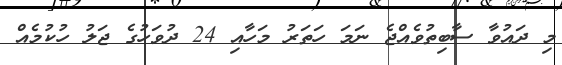
މި ދައުވާ ސާބިތުވެއްޖެ ނަމަ ހަތަރު މަހާއި 24 ދުވަހުގެ ޖަލު ހުކުމެއް